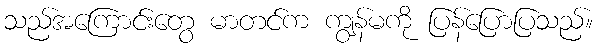
သည်အကြောင်းတွေ မာတင်က ကျွန်မကို ပြန်ပြောပြသည်။